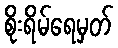
စိုးရိမ်ရေမှတ်